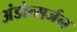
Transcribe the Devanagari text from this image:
अंडोत्सर्जन